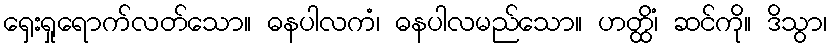
ရှေးရှုရောက်လတ်သော။ ဓနပါလကံ၊ ဓနပါလမည်သော။ ဟတ္ထိံ၊ ဆင်ကို။ ဒိသွာ၊